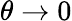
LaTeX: \theta\to 0